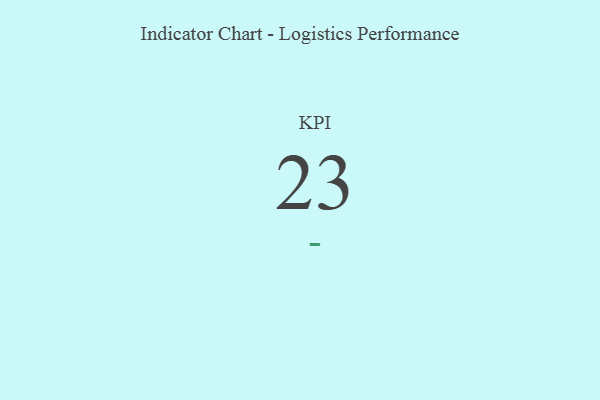
{"axis": {"x": "KPI", "y": "Value"}, "legend": [""], "data": [{"x": "KPI", "y": 23, "type": ""}]}